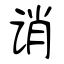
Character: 诮